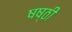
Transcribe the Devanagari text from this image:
षष्‍ठी